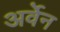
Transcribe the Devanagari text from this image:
अर्वेन